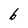
Character: 6